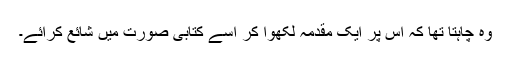
وہ چاہتا تھا کہ اس پر ایک مقدمہ لکھوا کر اسے کتابی صورت میں شائع کرائے۔